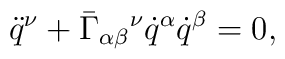
\ddot{q}^\nu + \bar\Gamma_{\alpha \beta }{}^\nu \dot{q}^\alpha            \dot{q}^\beta  = 0,